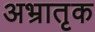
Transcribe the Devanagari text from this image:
अभ्रातृक